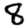
Digit: 8